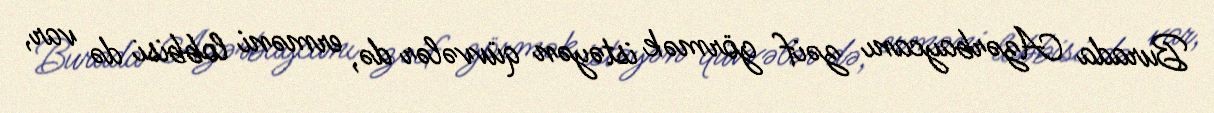
Burada Azərbaycanı zəif görmək istəyən qüvvələr də, erməni lobbisi də var,